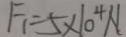
F _ { 1 } = 5 \times 1 0 ^ { 4 } N